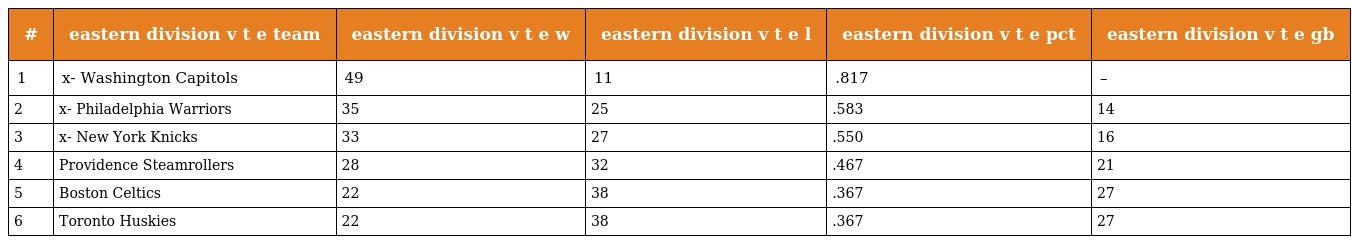
| # | eastern division v t e team | eastern division v t e w | eastern division v t e l | eastern division v t e pct | eastern division v t e gb |
 | --- | --- | --- | --- | --- | --- |
 | 1 | x- Washington Capitols | 49 | 11 | .817 | – |
 | 2 | x- Philadelphia Warriors | 35 | 25 | .583 | 14 |
 | 3 | x- New York Knicks | 33 | 27 | .550 | 16 |
 | 4 | Providence Steamrollers | 28 | 32 | .467 | 21 |
 | 5 | Boston Celtics | 22 | 38 | .367 | 27 |
 | 6 | Toronto Huskies | 22 | 38 | .367 | 27 |